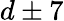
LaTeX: d\pm{}7